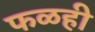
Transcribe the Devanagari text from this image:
फळही